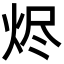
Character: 烬